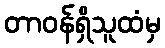
တာဝန်ရှိသူထံမှ